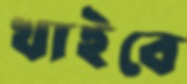
খাইবে